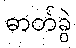
ဓာတ်ခွဲ